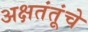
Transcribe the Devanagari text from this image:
अक्षतंतूंचे